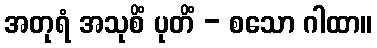
အတုရံ အသုစိံ ပုတိံ - စသော ဂါထာ။